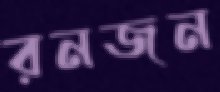
রনজন